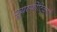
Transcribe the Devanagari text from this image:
पूयस्फीटिकाएँ